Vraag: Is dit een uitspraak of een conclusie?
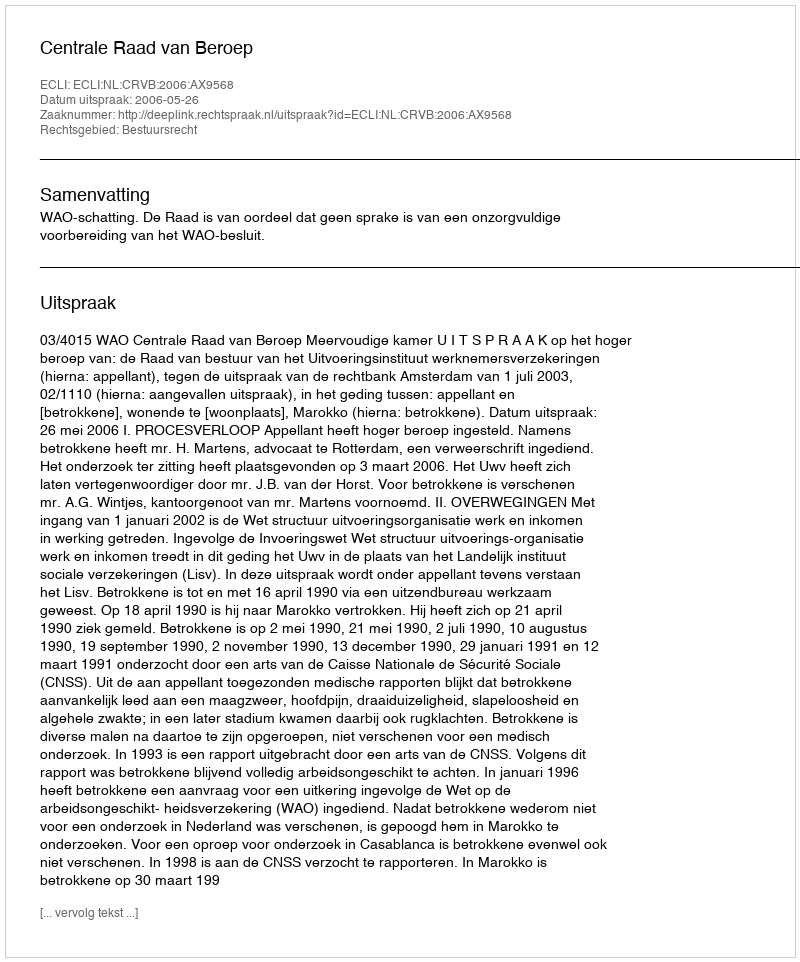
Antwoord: Uitspraak